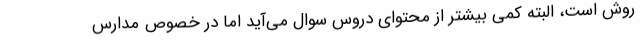
روش است، البته کمی بیشتر از محتوای دروس سوال می‌آید اما در خصوص مدارس